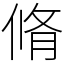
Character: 脩